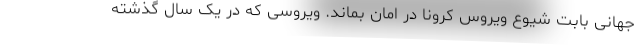
جهانی بابت شیوع ویروس کرونا در امان بماند. ویروسی که در یک سال گذشته